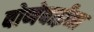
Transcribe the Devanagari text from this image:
बोणेबाईंना